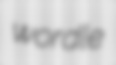
wordle